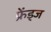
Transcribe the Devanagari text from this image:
फ्रेंड्ज